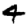
Digit: 4